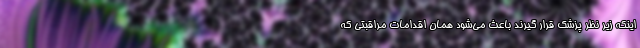
اینکه زیر نظر پزشک قرار گیرند باعث می‌شود همان اقدامات مراقبتی که